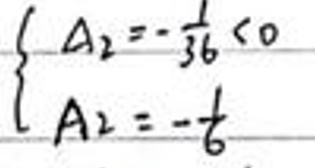
\left\{
\begin{array}{l}
A _ { 2 } = - \frac { 1 } { 3 6 } < 0 \\
A _ { 2 } = - \frac { 1 } { 6 }
\end{array}
\right.